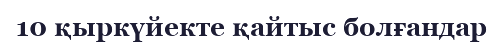
10 қыркүйекте қайтыс болғандар